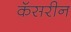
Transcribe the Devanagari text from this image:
कॅसरीन